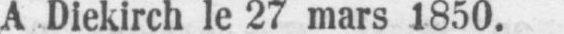
A Diekirch le 27 mars 1850.